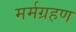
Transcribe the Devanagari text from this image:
मर्मग्रहण